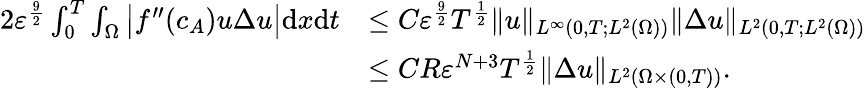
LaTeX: \begin{array}{rl}{{2}\varepsilon^{\frac{9}{2}}\int_{0}^{T}\int_{\Omega}\big|f^{\prime\prime}(c_{A})u\Delta u\big|\mathrm{d}x\mathrm{d}t}&{\leq C\varepsilon^{\frac{9}{2}}T^{\frac{1}{2}}\| u\| _{L^{\infty}(0,T;L^{2}(\Omega))}\| \Delta u\| _{L^{2}(0,T;L^{2}(\Omega))}}\\ &{\leq CR\varepsilon^{N+3}T^{\frac{1}{2}}\| \Delta u\| _{L^{2}(\Omega\times(0,T))}.}\end{array}